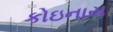
કોઇનાય